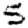
Digit: 5